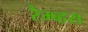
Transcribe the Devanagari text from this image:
रैम्ब्हस